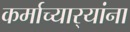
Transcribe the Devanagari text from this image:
कर्माच्यार्‍यांना